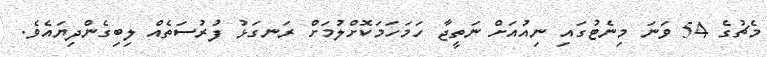
މެޗުގެ 54 ވަނަ މިނެޓުގައި ނިއުއަށް ނަތީޖާ ހަމަހަމަކޮށްލުމަށް ރަނގަޅު ފުރުސަތެއް ލިބިގެންދިޔައެވެ.